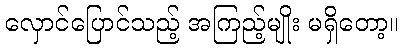
လှောင်ပြောင်သည့် အကြည့်မျိုး မရှိတော့။